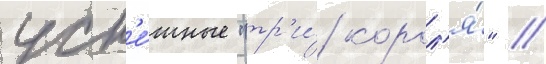
усп'е́шные "тр'и́ корол'я́" /